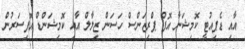
އާއި ޑެޕިއުޓީ ކޮމިޝަނާ އޮފް ޕްރިޒަންސް ހަސަން ޒިލާލް އާއި ކޮމިޝަންޑް އޮފިސަރުން